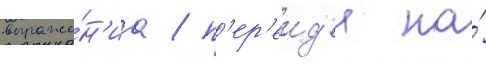
выраже́н'иа / п'ер'еид'я на́